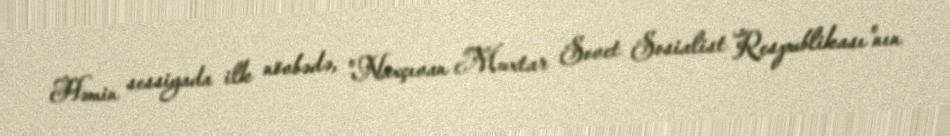
Həmin sessiyada ilk növbədə, "Naxçıvan Muxtar Sovet Sosialist Respublikası"nın